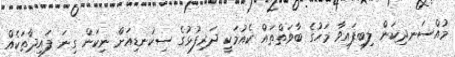
މުއްސަނދިކަން ލިބިފައިވާ މަހުގެ ބާވަތްތައް ކެއުމަކީ ދަރިފުޅުގެ ސިކުނޑިއަށް ނިކަން ގިނަ ފައިދާތަކެއް